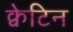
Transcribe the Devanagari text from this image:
क्वेटिन